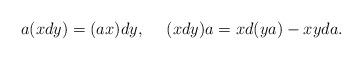
LaTeX: \begin{align*}a(xdy)=(ax)dy,~~~~(xdy)a=xd(ya)-xyda.\end{align*}